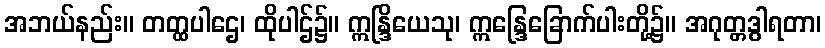
အဘယ်နည်း။ တတ္ထပါဌေ၊ ထိုပါဌ်၌။ ဣန္ဒြိယေသု၊ ဣန္ဒြေခြောက်ပါးတို့၌။ အဂုတ္တဒွါရတာ၊